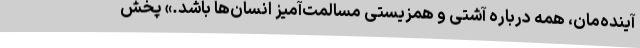
آینده‌مان، همه درباره آشتی و همزیستی مسالمت‌آمیز انسان‌ها باشد.» پخش